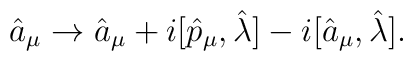
\hat{a}_{\mu} \rightarrow  \hat{a}_{\mu}+i[\hat{p}_{\mu},\hat{\lambda} ]-i[\hat{a}_{\mu},\hat{\lambda} ].